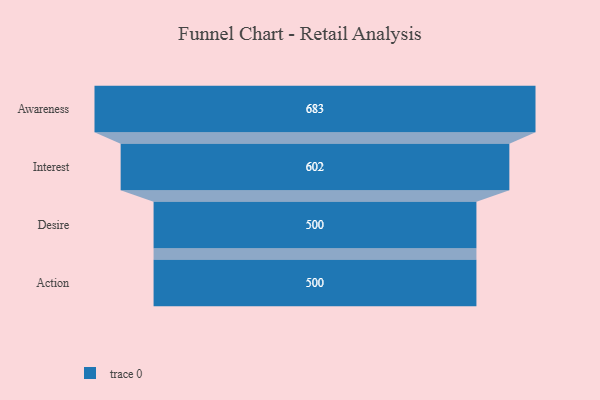
{"axis": {"x": "Stage", "y": "Value"}, "legend": [""], "data": [{"x": "Awareness", "y": 683.0, "type": ""}, {"x": "Interest", "y": 602.0, "type": ""}, {"x": "Desire", "y": 500, "type": ""}, {"x": "Action", "y": 500, "type": ""}]}